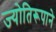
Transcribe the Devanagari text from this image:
ज्योतिरूपाने